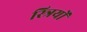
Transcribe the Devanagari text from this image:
स्‍त्रियों